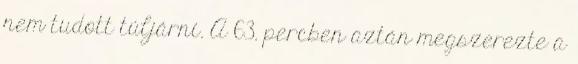
nem tudott túljárni. A 63. percben aztán megszerezte a